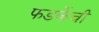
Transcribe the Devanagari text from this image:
फडकेंची